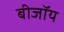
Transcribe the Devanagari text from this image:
बीजॉय